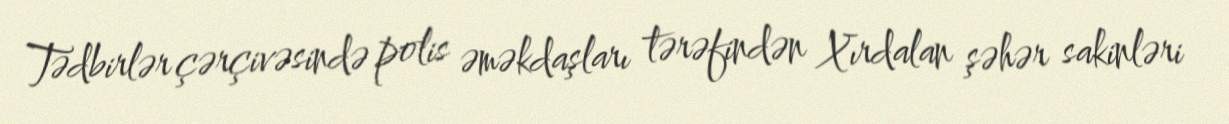
Tədbirlər çərçivəsində polis əməkdaşları tərəfindən Xırdalan şəhər sakinləri